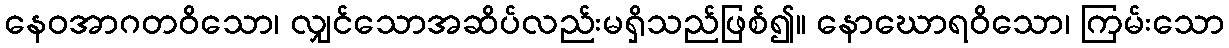
နေဝအာဂတဝိသော၊ လျှင်သောအဆိပ်လည်းမရှိသည်ဖြစ်၍။ နောဃောရဝိသော၊ ကြမ်းသော